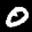
Label: 0